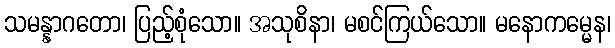
သမန္နာဂတော၊ ပြည့်စုံသော။ အသုစိနာ၊ မစင်ကြယ်သော။ မနောကမ္မေန၊